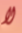
لا